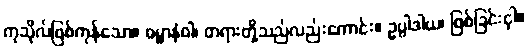
ကုသိုလ်ဖြစ်ကုန်သော။ ဓမ္မာနံဝါ၊ တရားတို့သည်လည်းကောင်း။ ဥပ္ပါဒါယ၊ ဖြစ်ခြင်းငှါ။